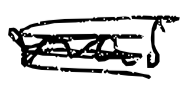
Text: was
Cross-out: scratch
Writing tool: digital_black